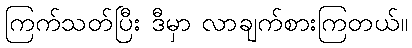
ကြက်သတ်ပြီး ဒီမှာ လာချက်စားကြတယ်။